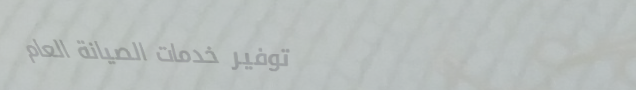
توفير خدمات الصيانة العام